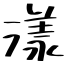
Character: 漾